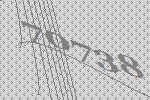
70738